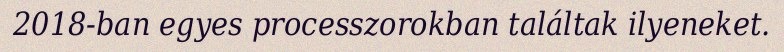
2018-ban egyes processzorokban találtak ilyeneket.